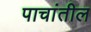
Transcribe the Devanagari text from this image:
पाचांतील